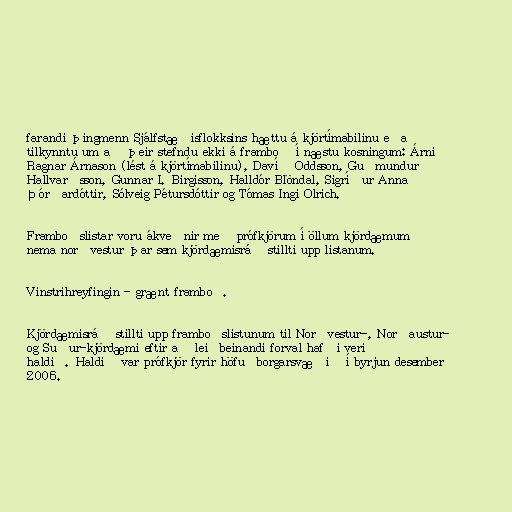
farandi þingmenn Sjálfstæðisflokksins hættu á kjörtímabilinu eða
tilkynntu um að þeir stefndu ekki á framboð í næstu kosningum: Árni
Ragnar Árnason (lést á kjörtímabilinu), Davíð Oddsson, Guðmundur
Hallvarðsson, Gunnar I. Birgisson, Halldór Blöndal, Sigríður Anna
Þórðardóttir, Sólveig Pétursdóttir og Tómas Ingi Olrich.

Framboðslistar voru ákveðnir með prófkjörum í öllum kjördæmum
nema norðvestur þar sem kjördæmisráð stillti upp listanum.

Vinstrihreyfingin - grænt framboð.

Kjördæmisráð stillti upp framboðslistunum til Norðvestur-, Norðaustur-
og Suður-kjördæmi eftir að leiðbeinandi forval hafði verið
haldið. Haldið var prófkjör fyrir höfuðborgarsvæðið í byrjun desember
2006.